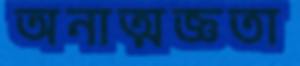
অনাত্মজ্ঞতা